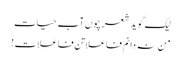
لیک گوید شعر چوں آبِ حیات
من نہ دانم فاعلاتن فاعلات !